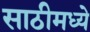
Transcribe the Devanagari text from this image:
साठीमध्ये